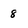
Character: 8